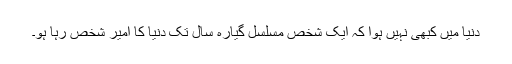
دنیا میں کبھی نہیں ہوا کہ ایک شخص مسلسل گیارہ سال تک دنیا کا امیر شخص رہا ہو۔